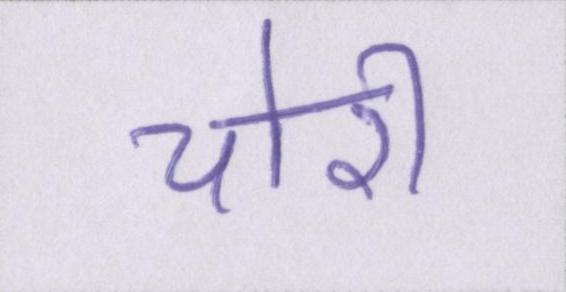
चोरी